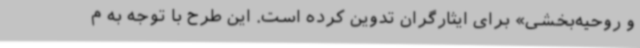
و روحیه‌بخشی» برای ایثارگران تدوین کرده است. این طرح با توجه به م